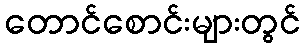
တောင်စောင်းများတွင်